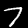
Label: 7